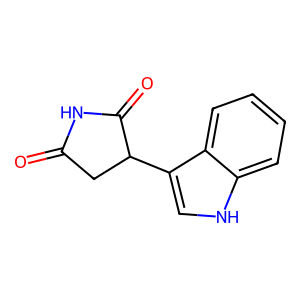
SMILES: O=C1CC(c2c[nH]c3ccccc23)C(=O)N1
Inhibits HIV replication: No